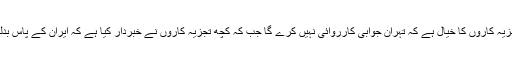
وائس آف امریکہ کی ایک خصوصی رپورٹ کے مطابق کچھ تجزیہ کاروں کا خیال ہے کہ تہران جوابی کارروائی نہیں کرے گا جب کہ کچھ تجزیہ کاروں نے خبردار کیا ہے کہ ایران کے پاس بدلہ لینے کے لیے عراق، شام، لبنان اور یمن میں اہداف موجود ہیں۔